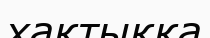
хақтыққа